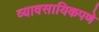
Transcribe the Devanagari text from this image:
व्यावसायिकपणे